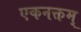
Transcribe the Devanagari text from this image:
एकनक्तम्